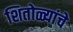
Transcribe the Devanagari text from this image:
शितोळ्यांचे